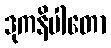
ဒုကနိပါတော